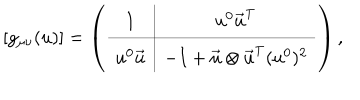
LaTeX: \left[ g _ { \mu \nu } ( u ) \right] = \left( \begin{array} { c | c } { { 1 } } & { { u ^ { 0 } \vec { u } ^ { \mathrm { T } } } } \\ \hline { { u ^ { 0 } \vec { u } } } & { { - I + \vec { u } \otimes \vec { u } ^ { \mathrm { T } } ( u ^ { 0 } ) ^ { 2 } } } \\ \end{array} \right) ,